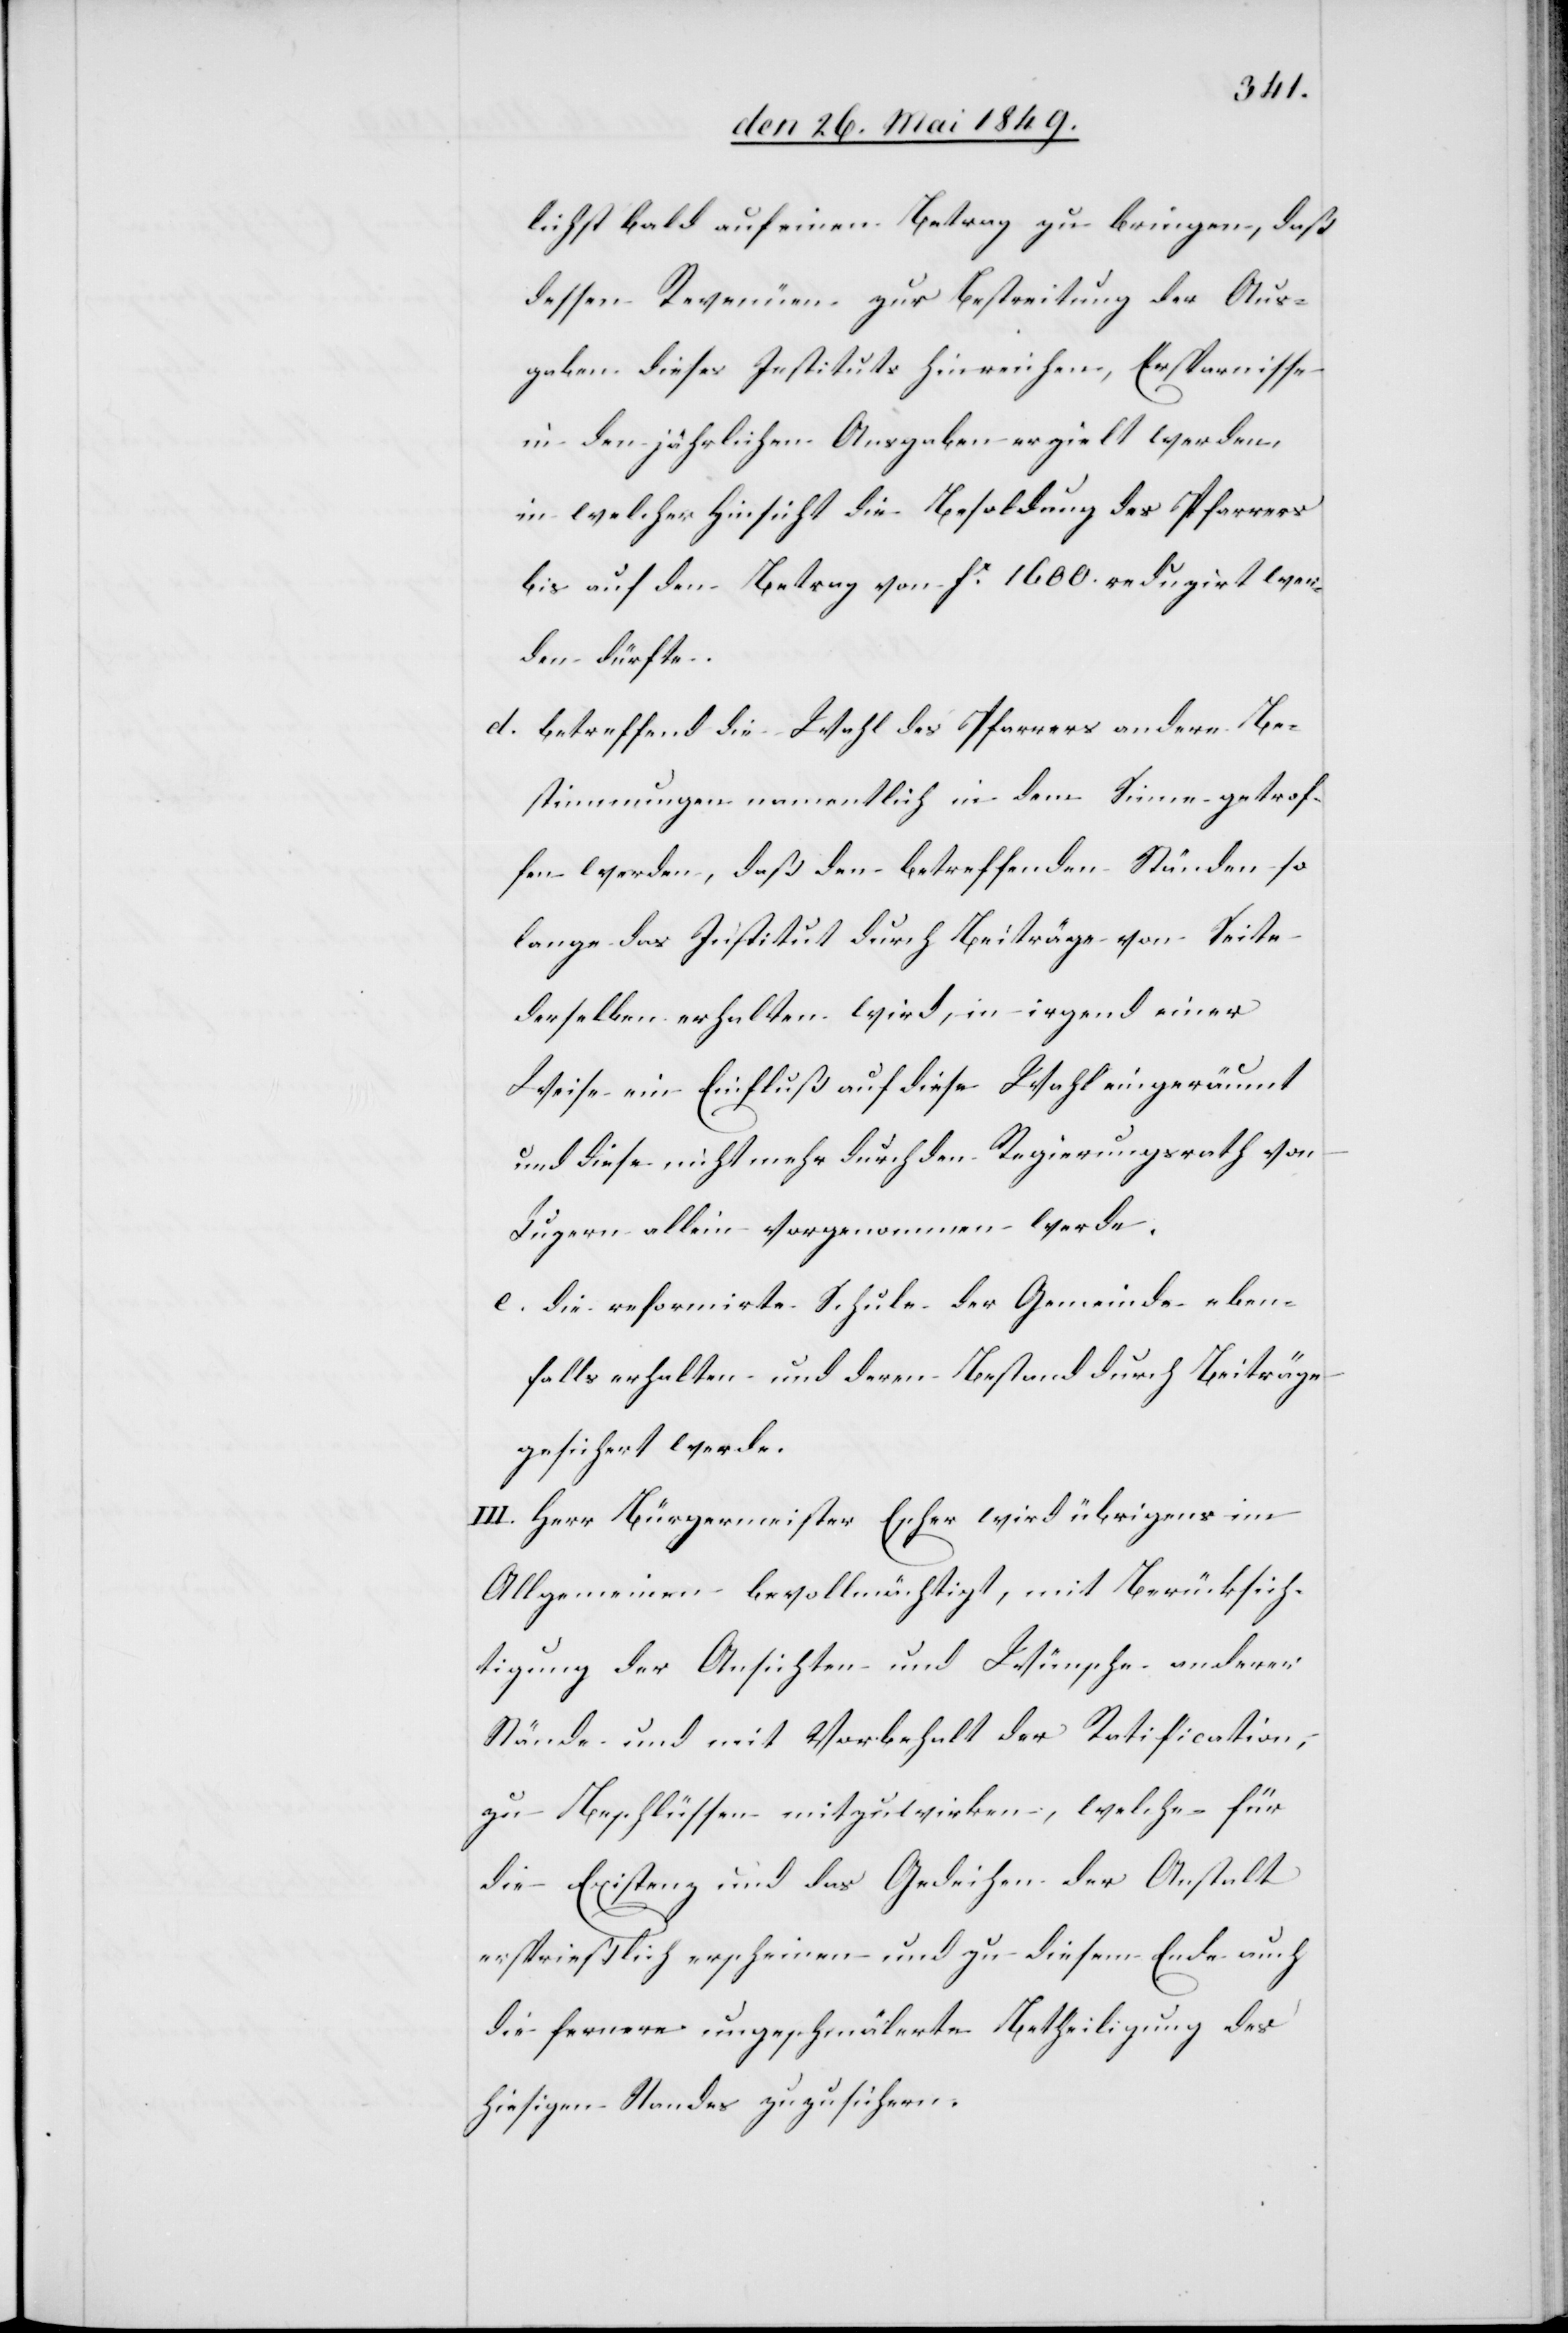
lichst bald auf einem Betrag zu bringen, daß
dessen Revenüen zur Bestreitung der Aus¬
gaben dieses Instituts hinreichen, Ersparnisse
in den jährlichen Ausgaben erzielt werden,
in welcher Hinsicht die Besoldung des Pfarrers
bis auf den Betrag von Fr 1600. reduzirt wer¬
den dürfte.
d. betreffend die Wahl des Pfarrers andere Be¬
stimmungen namentlich in dem Sinne getrof¬
fen werden, daß den betreffenden Ständen so
lange das Institut durch Beiträge von Seite
derselben erhalten wird, in irgend einer
Weise ein Einfluß auf diese Wahl eingeräumt
und diese nicht mehr durch den Regierungsrath von
Luzern allein vorgenommen werde.
e. die reformirte Schule der Gemeinde eben¬
falls erhalten und deren Bestand durch Beiträge
gesichert werde.
III. Herr Bürgermeister Escher wird übrigens im
Allgemeinen bevollmächtigt, mit Berücksich¬
tigung der Ansichten und Wünsche anderer
Stände und mit Vorbehalt der Ratification,
zu Beschlüssen mitzuwirken, welche für
die Existenz und das Gedeihen der Anstalt
ersprießlich erscheinen und zu diesem Ende auch
die fernere ungeschmälerte Betheiligung des
hiesigen Standes zuzusichern.